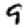
Digit: 9